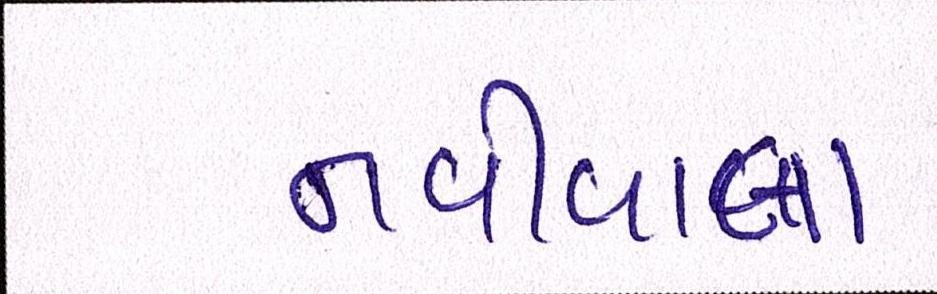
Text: નવીવાલા